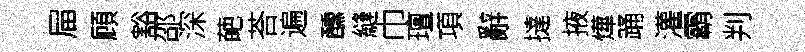
屇頋豁邵深葩荅遍醺縫巾璮項辭撻掖燁踊灌霸判